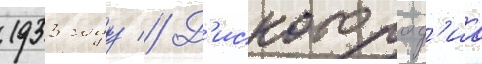
1933 году // Д'искограф'иа